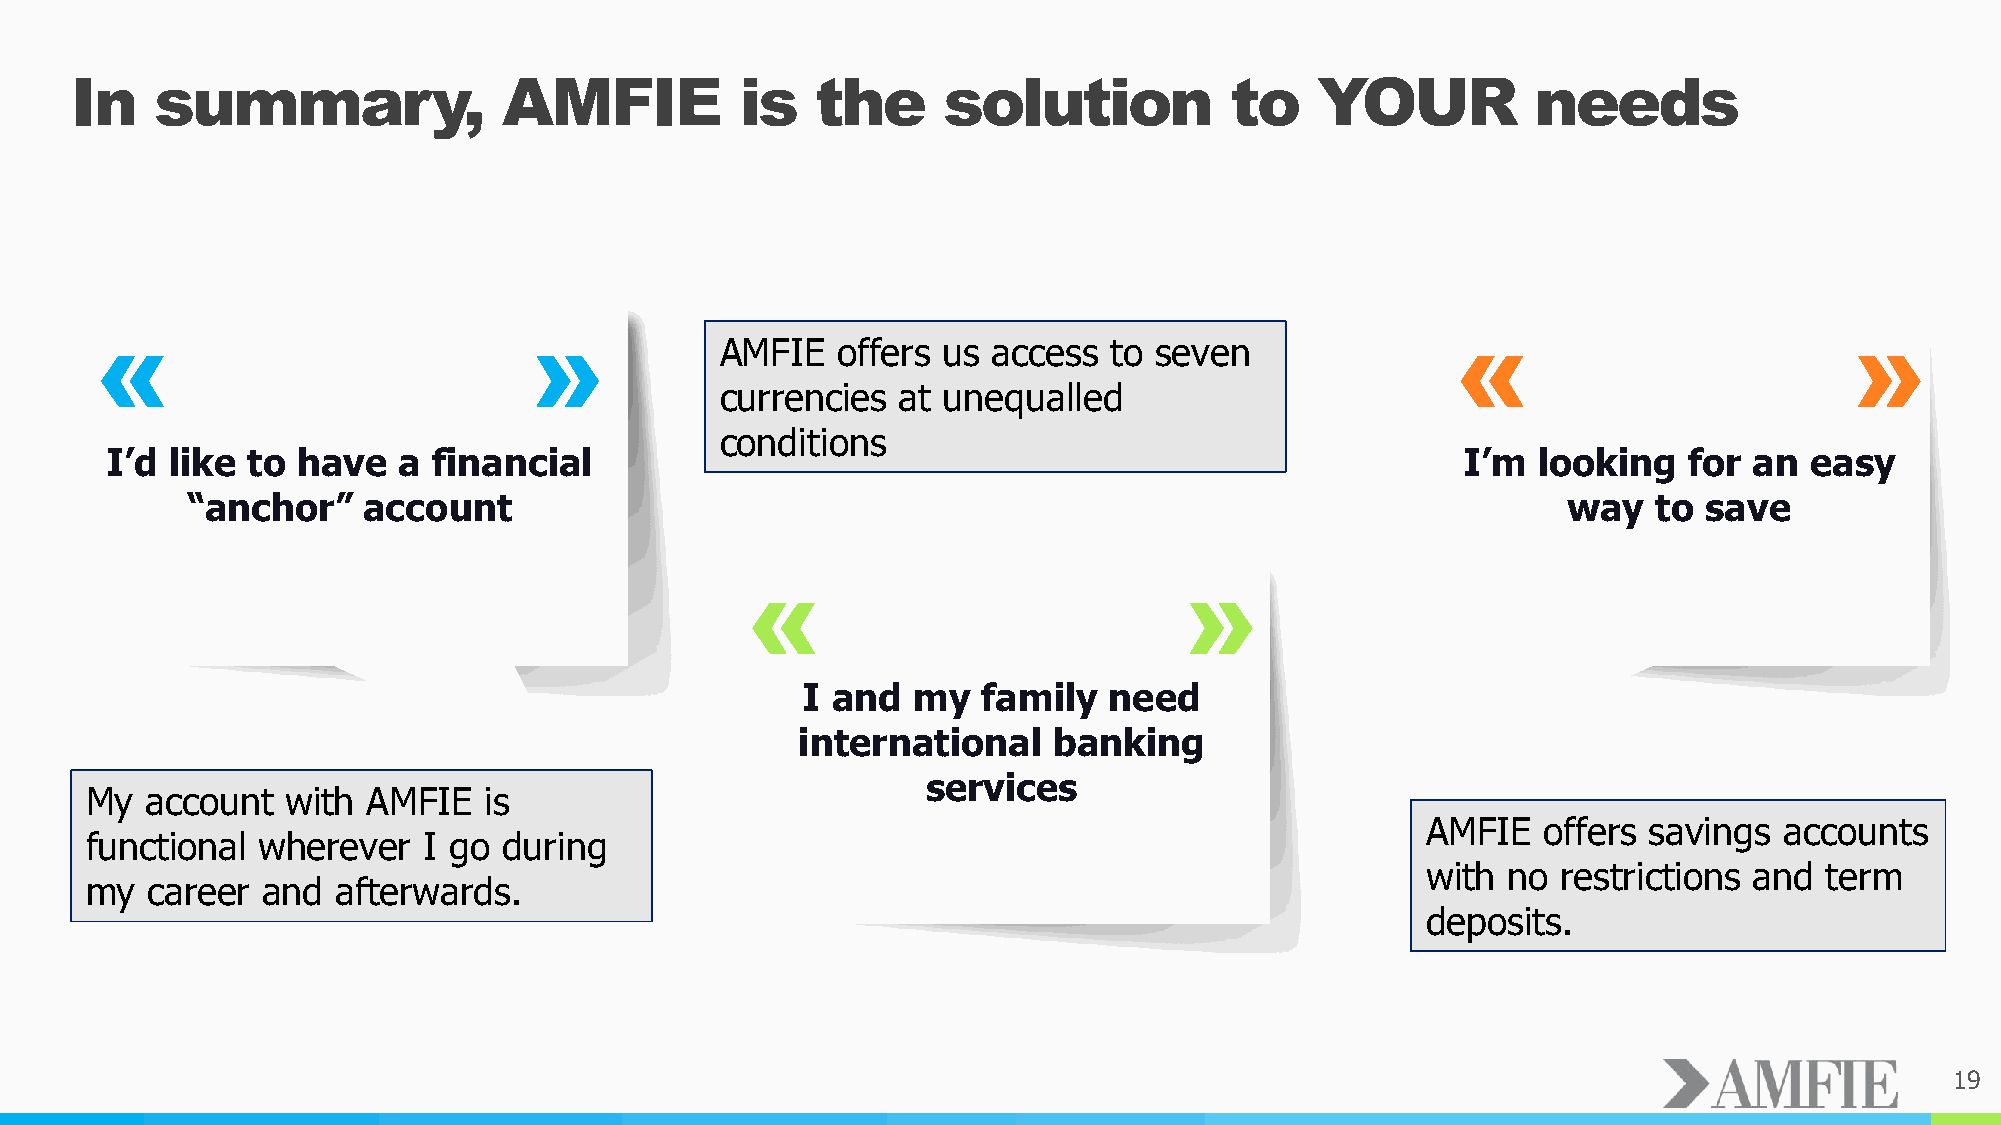
In   summary,               AMFIE           is   the     solution           to    YOUR           needs
 «                            »                                                            «                         »
 AMFIE  offers us  access  to seven
 currencies  at unequalled
 conditions
 I’d like to  have  a  financial                                                           I’m  looking   for an  easy
 “anchor”    account                                                                         way   to save
 «                            »
 I and  my   family  need
 international    banking
 services
 My  account  with AMFIE   is
 AMFIE   offers savings  accounts
 functional wherever   I go during
 with  no restrictions and  term
 my  career and  afterwards.
 deposits.
 19